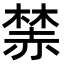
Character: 𧹫